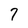
Character: 7